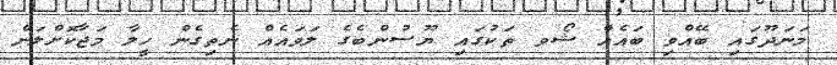
މަނަދޫގައި ބޭއްވި ބައެއް ޝޯވ ތަކުގައި ޔޫސުންބެގެ ލަވައެއް ނެތިގެން ހީލާ މަޖާކޮށްލަން